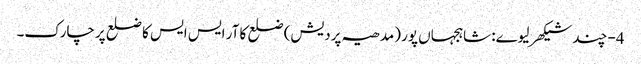
4- چند شیکھر لیوے: شاہجہاں پور (مدھیہ پردیش) ضلع کا آر ایس ایس کا ضلع پرچارک۔